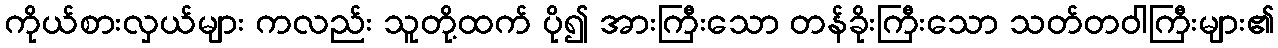
ကိုယ်စားလှယ်များ ကလည်း သူတို့ထက် ပို၍ အားကြီးသော တန်ခိုးကြီးသော သတ်တဝါကြီးများ၏